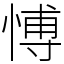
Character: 愽